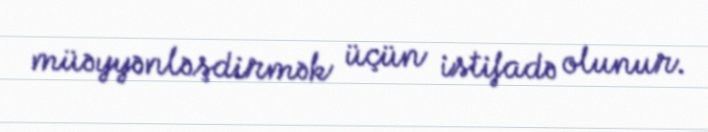
müəyyənləşdirmək üçün istifadə olunur.